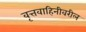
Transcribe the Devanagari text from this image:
वृत्तवाहिनीवरील